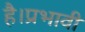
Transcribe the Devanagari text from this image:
है।प्रभावी